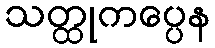
သတ္ထုကပ္ပေန